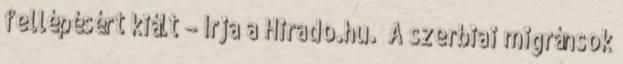
fellépésért kiált – írja a Hirado.hu. „A szerbiai migránsok